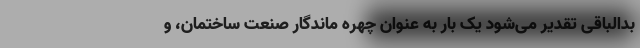
بدالباقی تقدیر می‌شود یک بار به عنوان چهره ماندگار صنعت ساختمان، و